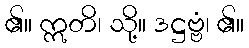
၏။ ဣတိ၊ သို့။ ဒဋ္ဌဗ္ဗံ၊ ၏။